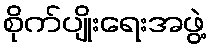
စိုက်ပျိုးရေးအဖွဲ့